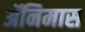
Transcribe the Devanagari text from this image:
ॲनिमास